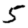
Digit: 5